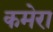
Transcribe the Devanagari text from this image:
कमेरा